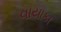
વાયાકા